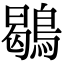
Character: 鶡